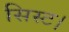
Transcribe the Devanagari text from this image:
सिस्ट।